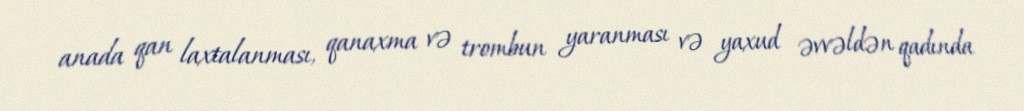
anada qan laxtalanması, qanaxma və trombun yaranması və yaxud əvvəldən qadında